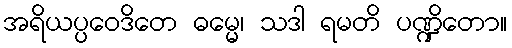
အရိယပ္ပဝေဒိတေ ဓမ္မေ၊ သဒါ ရမတိ ပဏ္ဍိတော။